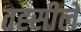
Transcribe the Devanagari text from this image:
तह्सीले